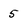
Character: 5